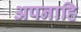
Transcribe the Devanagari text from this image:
अपनाहि